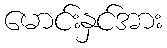
မောင်းနှင်အား